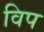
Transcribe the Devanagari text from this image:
विप